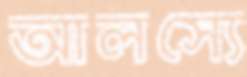
আলস্যে